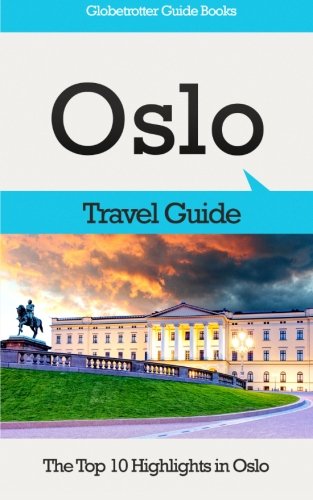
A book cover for Oslo Travel Guide: The Top 10 Highlights in Oslo (Globetrotter Guide Books); Marc Cook; Travel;